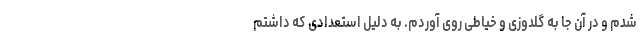
شدم و در آن جا به گلدوزی و خیاطی روی آوردم. به دلیل استعدادی که داشتم